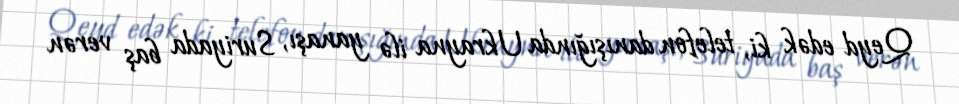
Qeyd edək ki, telefon danışığında Ukrayna ilə yanaşı, Suriyada baş verən